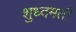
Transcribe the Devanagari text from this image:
शुध्दमती